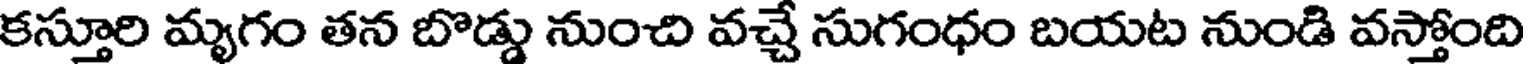
కస్తూరి మృగం తన బొడ్డు నుంచి వచ్చే సుగంధం బయట నుండి వస్తోంది